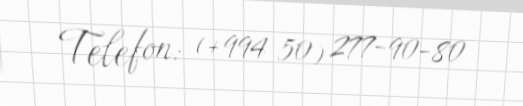
Telefon: (+994 50) 277-90-80